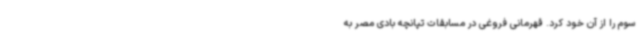
سوم را از آن خود کرد. قهرمانی فروغی در مسابقات تپانچه بادی مصر به